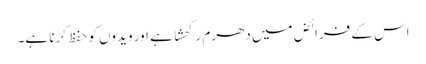
اس کے فرائض میں دھرم رکھشا ہے اور ویدوں کو حفظ کرنا ہے۔